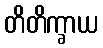
တိတိက္ခာယ